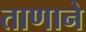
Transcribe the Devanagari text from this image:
ताणाने